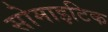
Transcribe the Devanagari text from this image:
सोमाइटिक